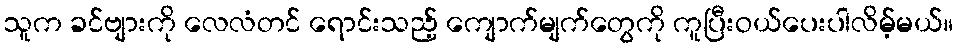
သူက ခင်ဗျားကို လေလံတင် ရောင်းသည့် ကျောက်မျက်တွေကို ကူပြီးဝယ်ပေးပါလိမ့်မယ်။